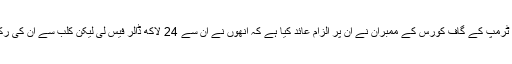
جیوپیٹر اور فلوریڈا میں ٹرمپ کے گاف کورس کے ممبران نے ان پر الزام عائد کیا ہے کہ انھوں نے ان سے 24 لاکھ ڈالر فیس لی لیکن کلب سے ان کی رکنیت معطل کر دی گئی۔